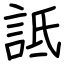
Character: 詆